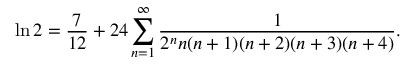
\ln 2 = { \frac { 7 } { 1 2 } } + 2 4 \sum _ { n = 1 } ^ { \infty } { \frac { 1 } { 2 ^ { n } n ( n + 1 ) ( n + 2 ) ( n + 3 ) ( n + 4 ) } } .